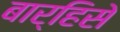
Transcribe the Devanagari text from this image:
बार्हिसे